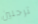
ترحلين